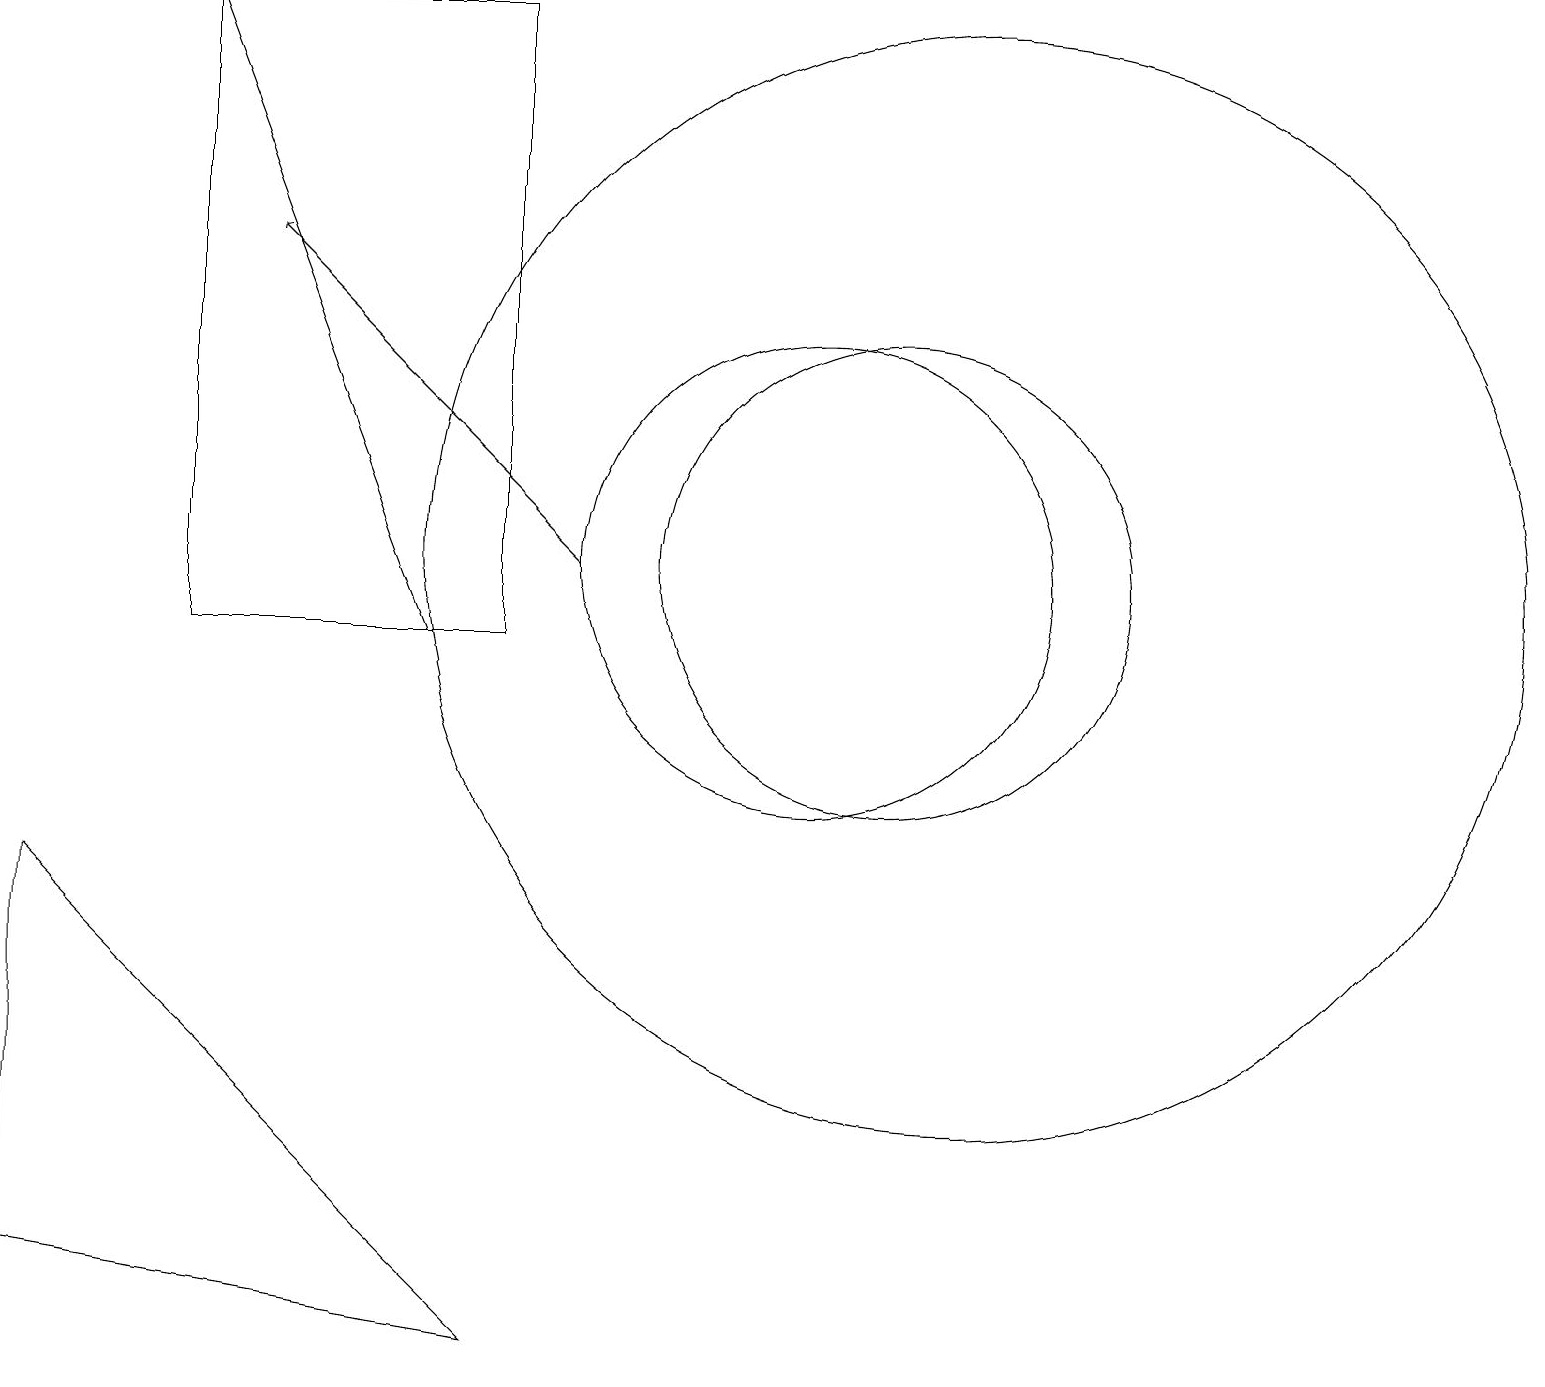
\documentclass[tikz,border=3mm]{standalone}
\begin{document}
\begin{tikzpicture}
\draw (2,10) rectangle (6,18);
\draw[->] (7,11) -- (3,15);
\draw (11,11) circle (3);
\draw[->] (5,10) -- (2,18);
\draw (0,2) -- (6,1) -- (0,7) -- cycle;
\draw (10,11) circle (3);
\draw (12,11) circle (7);
\draw (10,10) circle (0);
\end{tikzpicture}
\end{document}